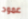
عمود